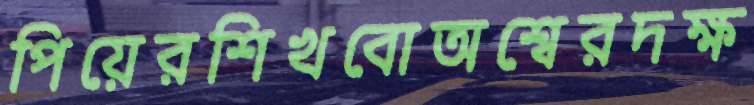
পিয়েরশিখবোঅশ্বেরদক্ষ